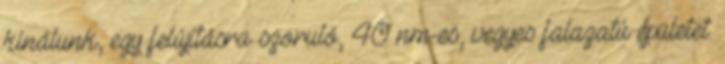
kínálunk, egy felújításra szoruló, 40 nm-es, vegyes falazatú épületet.